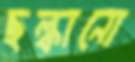
ছল্‌কানো